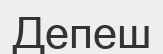
Депеш